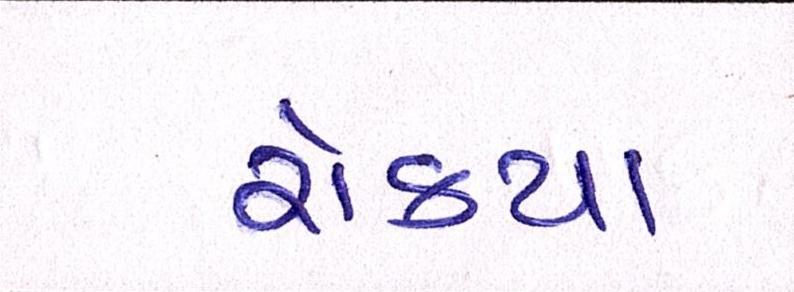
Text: રોક્યા